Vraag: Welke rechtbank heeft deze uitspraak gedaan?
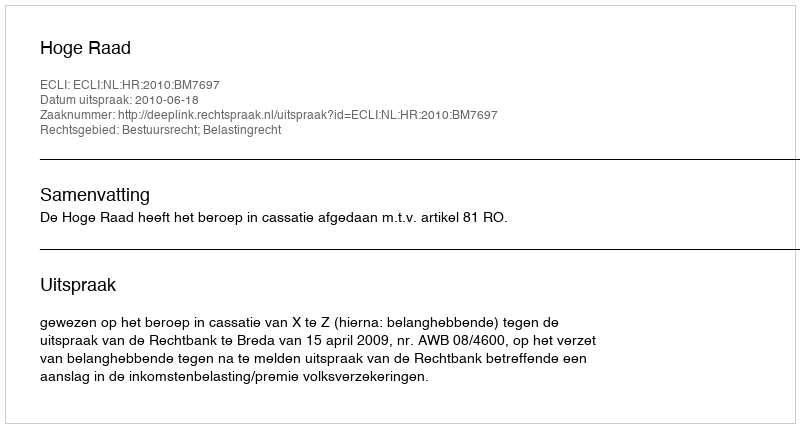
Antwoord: Hoge Raad